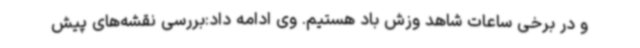
و در برخی ساعات شاهد وزش باد هستیم. وی ادامه داد:بررسی نقشه‌های پیش